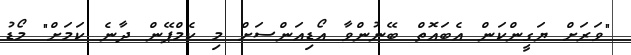
"ވަރަށް ޔަގީންކަން އެބައޮތް ބޭނުންވާ އޯޑިއަންސަށް މި ކެމްޕޭން ދާނެ ކަމަށް" މޯޑު